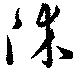
沐